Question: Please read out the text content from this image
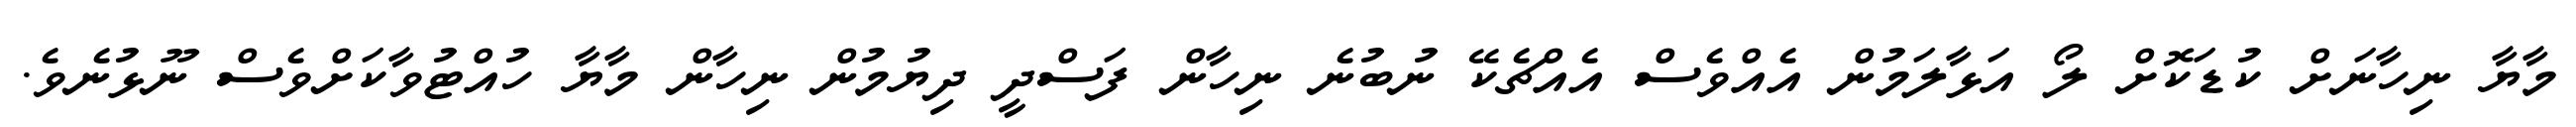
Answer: މާޔާ ނިހާނަށް ކުޑަކޮށް ލޯ އަޅާލަމުން އެއްވެސް އެއްޗެކޭ ނުބުނެ ނިހާން ފަސްދީ ދިޔުމުން ނިހާން މާޔާ ހުއްޓުވާކަށްވެސް ނޫޅުނެވެ.